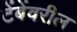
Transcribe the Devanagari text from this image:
टेंबेंवरील